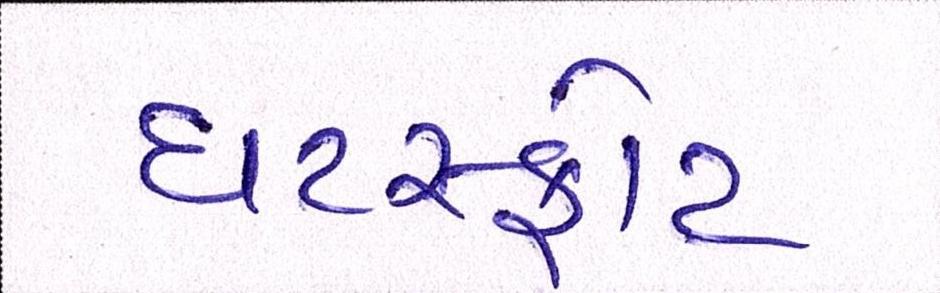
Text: ઘટસ્ફોટ